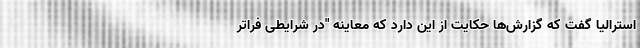
استرالیا گفت که گزارش‌ها حکایت از این دارد که معاینه "در شرایطی فراتر